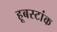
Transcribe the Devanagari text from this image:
हूबस्टांक